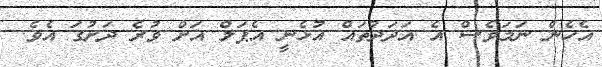
އެހެން ނަމަވެސް އެ އަދަދުތައް އުޅެނީ އެޕަލް އަށް ވުރެ ދަށުގަ އެވެ.